Report on lock hospitals in British Burma
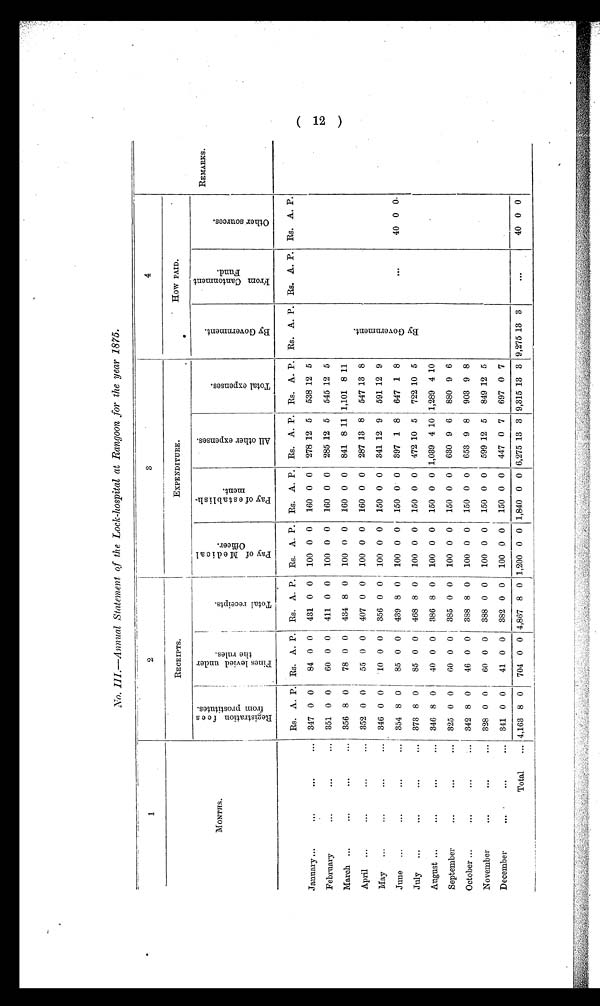
No. III.— Annual Statement of the Lock-hospital at Rangoon for the year 1875.
1
2
3
4
RECEIPTS.
EXPENDITURE.
How PAID.
MONTHS.
R e g i s t r a t i o n f e e s f r o m p r o s t i t u t e s .
F i ne
s l e v i e d
u n d e r
t h e
r u l e s .
T o t a l r e c e i p t s .
P a y o f M e d c i a l O f f i c e r .
P a y o f e s t a b l i s h m e n t .
A l l o t h e r e x p e n s e .
T o t a l e x p e n s e s .
B y G o v e r m e n t .
F r o m C a n t o n m e n t F i n d .
O t h e r s o u r c e s .
REMARKS.
Rs. A. P. Rs. A. P. Rs. A. P. Rs. A. P. Rs. A. P. Rs. A. P. Rs. A. P. Rs. A. P. Rs. A. P. Rs. A. P.
January...
. . .
. . . ... 347 0 0
84 0 0 431 0 0 100 0 0 160 0 0 278 12 5 538 12 5
February
...
...
... 351 0 0
60 0 0 411 0 0 100 0 0 160 0 0 285 12 5 545 12 5
March ...
...
. . . ... 356 8 0
78 0 0 434 8 0 100 0 0 160 0 0 841 8 11 1,101 8 11
April ...
...
...
... 352 0 0
55 0 0 407 0 0 100 0 0 160 0 0 287 13 8 547 13 8
B y G o v e r n e n t .
May ...
...
... ...
346 0 0
10 0 0 356 0 0 100 0 0 150 0 0 341 12 9 591 12 9
June ...
...
... ...
354 8 0
85 0 0 439 8 0 100 0 0 150 0 0 397 1 8 647 1 8
. . .
40 0 0
July ...
. . .
. . . ... 373 8 0
85 0 0 468 8 0 100 0 0 150 0 0 472 10 5 722 10 5
August ...
...
. . . ... 346 8 0
40 0 0 386 8 0 100 0 0 150 0 0 1,039 4 10 1,289 4 10
September
...
...
... 325 0 0
60 0 0 385 0 0 100 0 0 150 0 0 630 9 6 880 9 6
October ...
. . .
. . . ... 342 8 0
46 0 0 388 8 0 100 0 0 150 0 0 653 9 8 903 9 8
November
. . .
. . . ... 328 0 0
60 0 0 388 0 0 100 0 0 150 0 0 599 12 5 849 12 5
December
. . .
. . . ... 341 0 0
41 0 0 382 0 0 100 0 0 150 0 0 447 0 7 697 0 7
Total ... 4,163 8 0 704 0 0 4,867 8 0 1,200 0 0 1,840 0 0 6,275 13 3 9,315 13 3 9,275 13 3
. . . 40 0 0
(12)